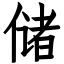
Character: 储